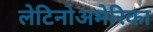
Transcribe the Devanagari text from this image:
लेटिनोअमेरिका